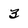
Character: 3